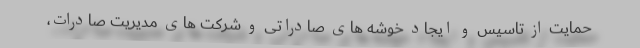
حمایت از تاسیس و ایجاد خوشه های صادراتی و شرکت های مدیریت صادرات،